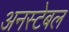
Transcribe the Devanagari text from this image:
अनस्टेबल